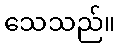
သေသည်။